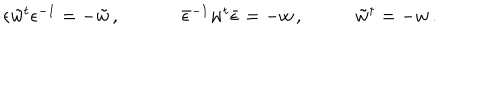
\begin{array} { c c c } { { \epsilon \tilde { w } { } ^ { t } \epsilon ^ { - 1 } = - \tilde { w } \, , ~ ~ } } & { { ~ \bar { \epsilon } ^ { - 1 } w ^ { t } \bar { \epsilon } = - w \, , ~ } } & { { \tilde { w } { } ^ { \dagger } = - w \, . } } \\ \end{array}